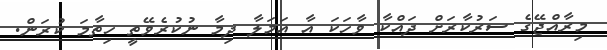
މިރާއްޖޭގެ ސަރުކާރަށް ދައްކާ ވާހަކަ އާ އަމަލާ ދިމާ ނުކުރެވޭތީ ހިތާމަ ކުރަން.